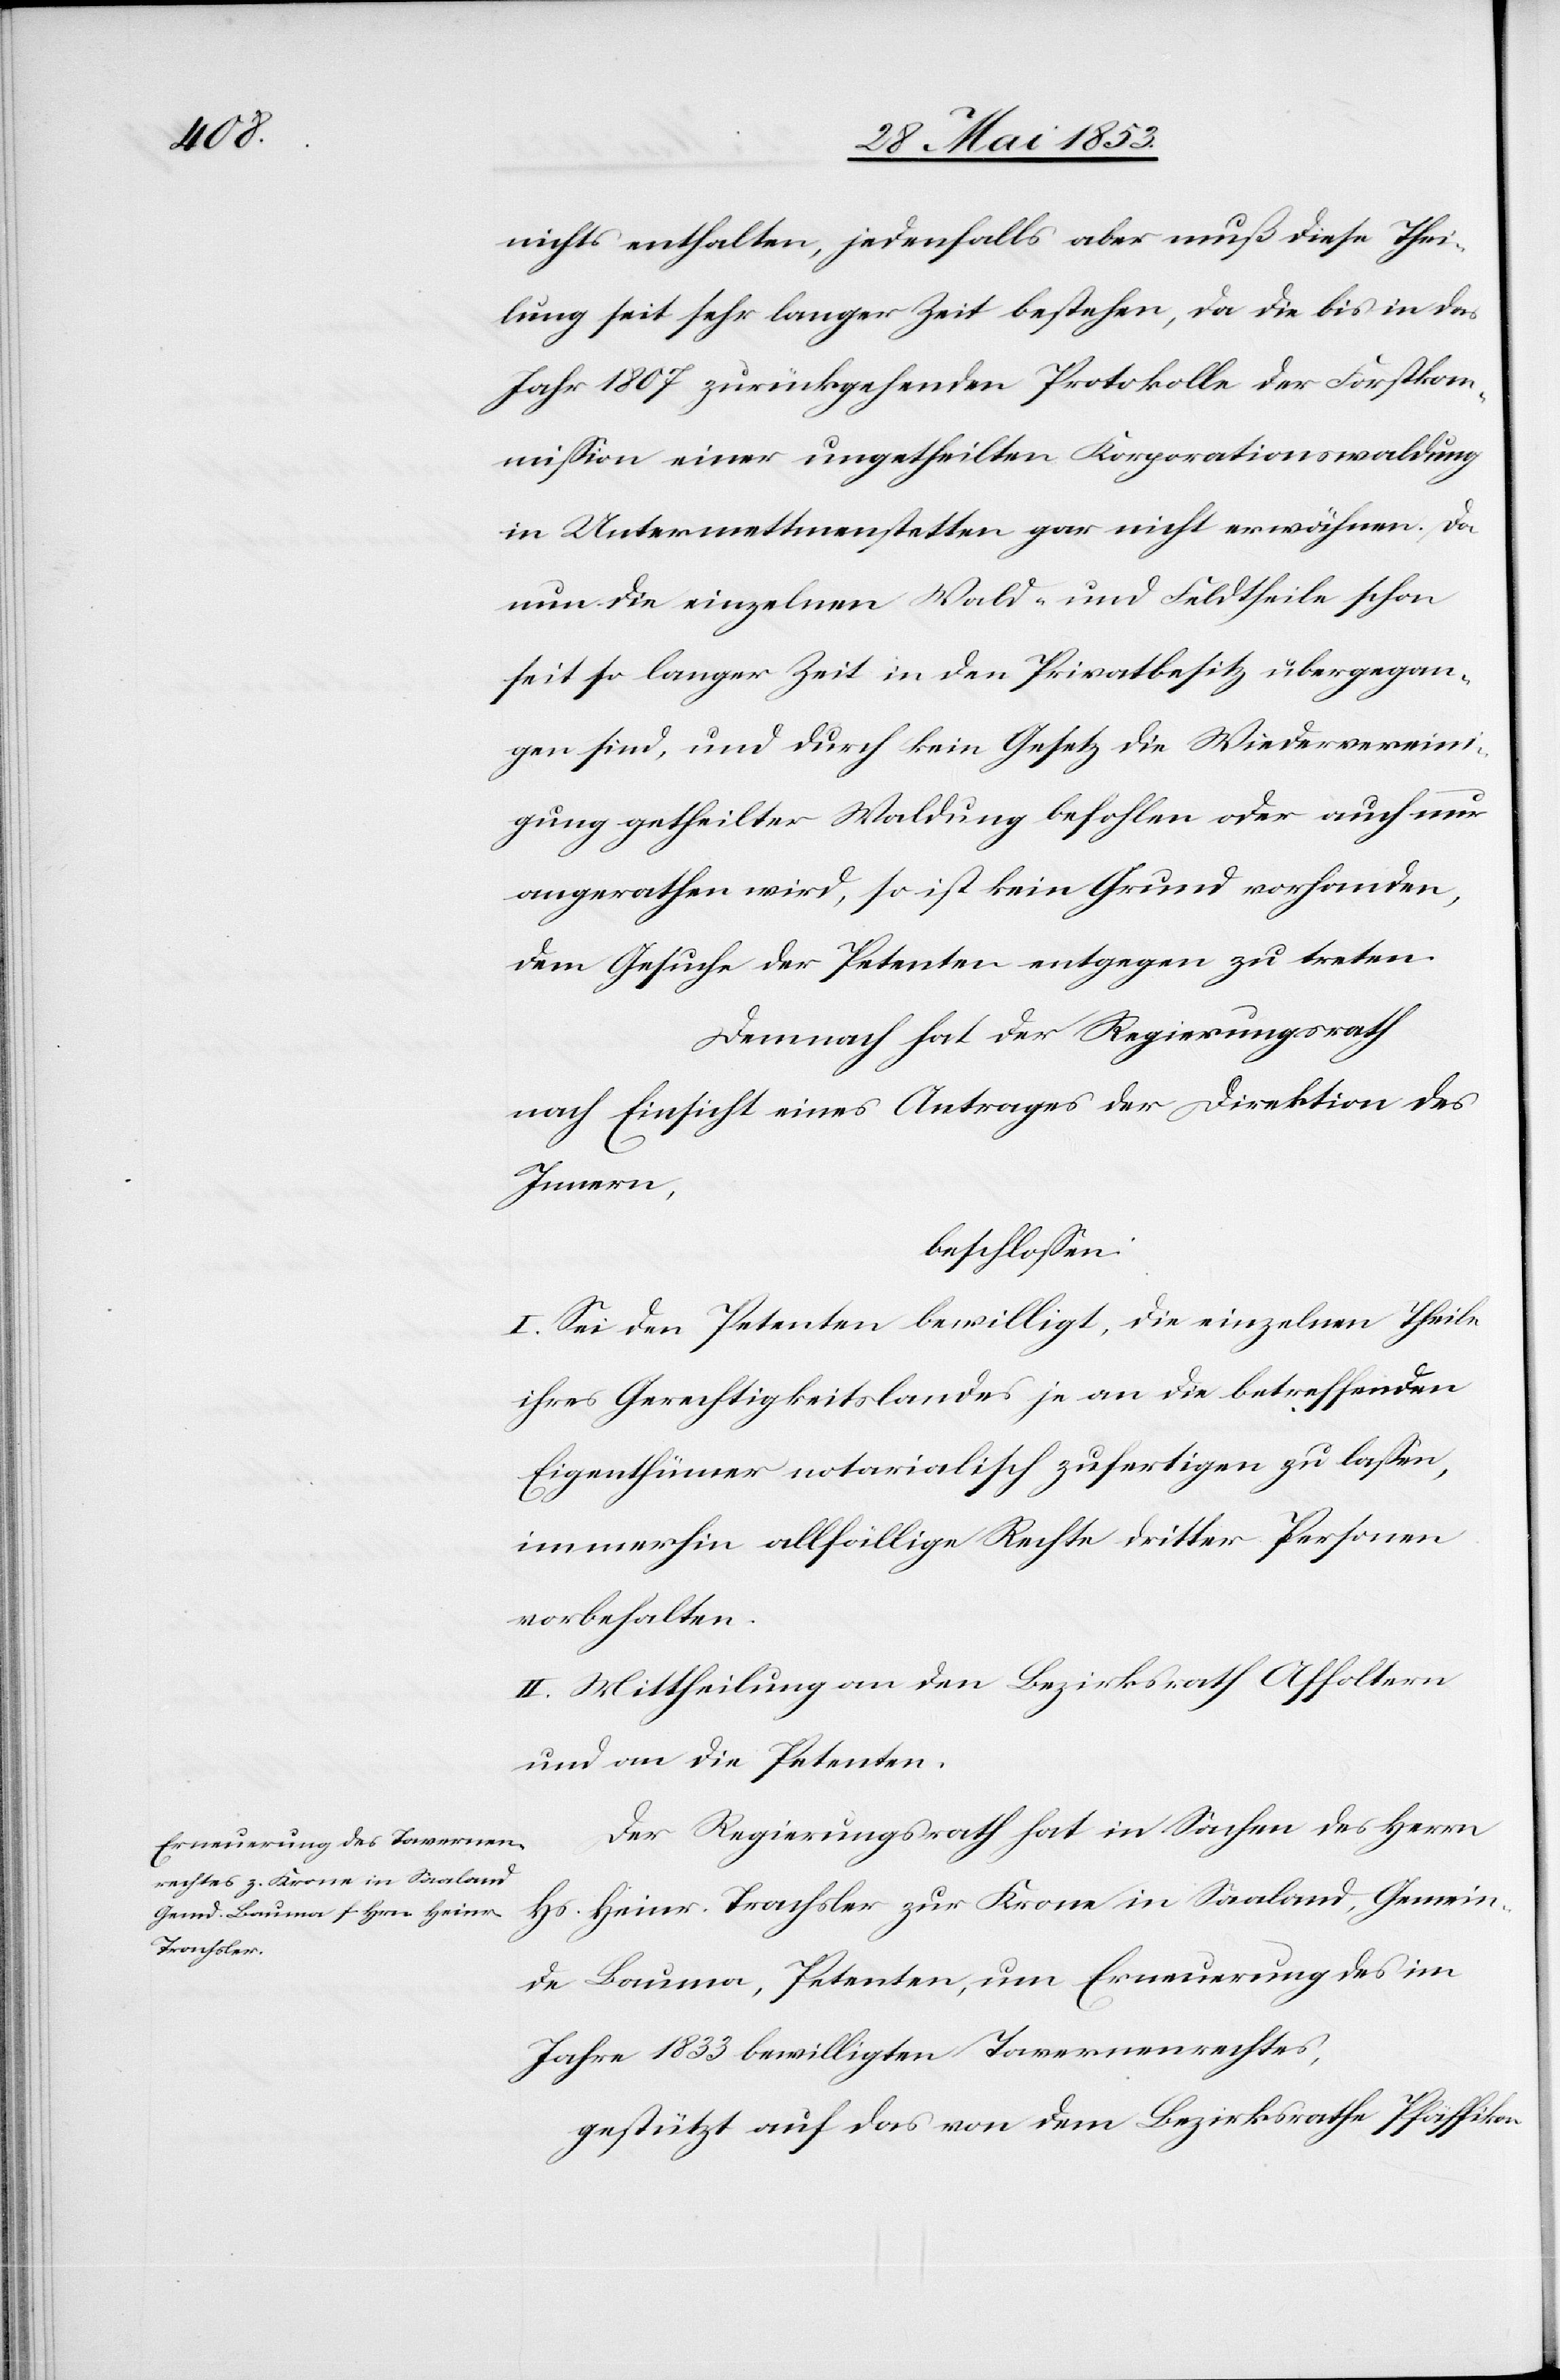
nichts enthalten, jedenfalls aber muß diese Thei¬
lung seit sehr langer Zeit bestehen, da die bis an das
Jahr 1807 zurückgehenden Protokolle der Forstkom¬
mißion einer ungetheilten Korporationswaldung
in Untermettmenstetten gar nicht erwähnen. Da
nun die einzelnen Wald- und Feldtheile schon
seit so langer Zeit in den Privatbesitz übergegan¬
gen sind, und durch kein Gesetz die Wiedervereini¬
gung getheilter Waldung befohlen oder auch nur
angerathen wird, so ist kein Grund vorhanden,
dem Gesuche der Petenten entgegen zu treten.
Demnach hat der Regierungsrath
nach Einsicht eines Antrages der Direktion des
Innern
beschloßen:
I. Sei den Petenten bewilligt, die einzelnen Theile
ihres Gerechtigkeitslandes je an die betreffenden
Eigenthümer notarialisch zufertigen zu laßen,
immerhin allfällige Rechte dritter Personen
vorbehalten.
II. Mittheilung an den Bezirksrath Affoltern
und an die Petenten.
Der Regierungsrath hat in Sachen des Herrn
Hs. Heinr. Trachsler zur Krone in Saaland, Gemein¬
de Bauma, Petenten, um Erneuerung des im
Jahre 1833 bewilligten Tavernenrechtes,
gestützt auf das von dem Bezirksrathe Pfäffikon